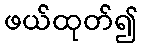
ဖယ်ထုတ်၍